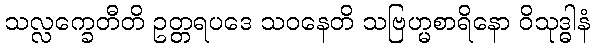
သလ္လက္ခေတီတိ ဥတ္တရပဒေ သဝနေတိ သဗြဟ္မစာရိနော ဝိသုဒ္ဓါနံ